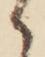
か